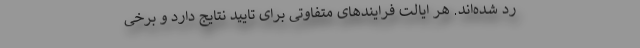
رد شده‌اند. هر ایالت فرایندهای متفاوتی برای تایید نتایج دارد و برخی